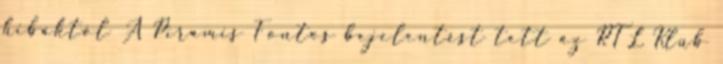
hibáktól A Piramis Fontos bejelentést tett az RTL Klub